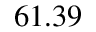
6 1 . 3 9